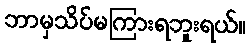
ဘာမှသိပ်မကြားရဘူးရယ်။